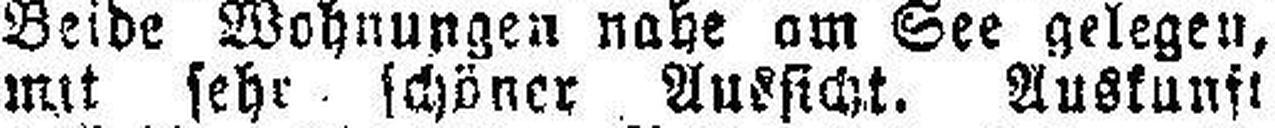
mit sehr schöner Aussicht. Auskunft